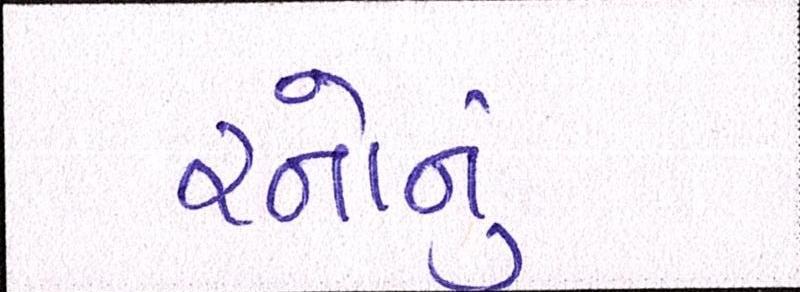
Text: રનોનું